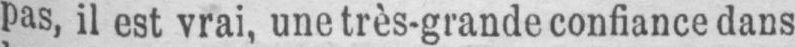
pas, il est vrai, une très-grande confiance dans